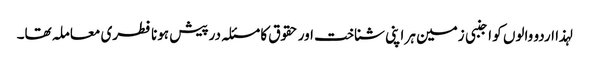
لہذا اردو والوں کو اجنبی زمین ہر اپنی شناخت اور حقوق کا مسئلہ درپیش ہونا فطری معاملہ تھا۔